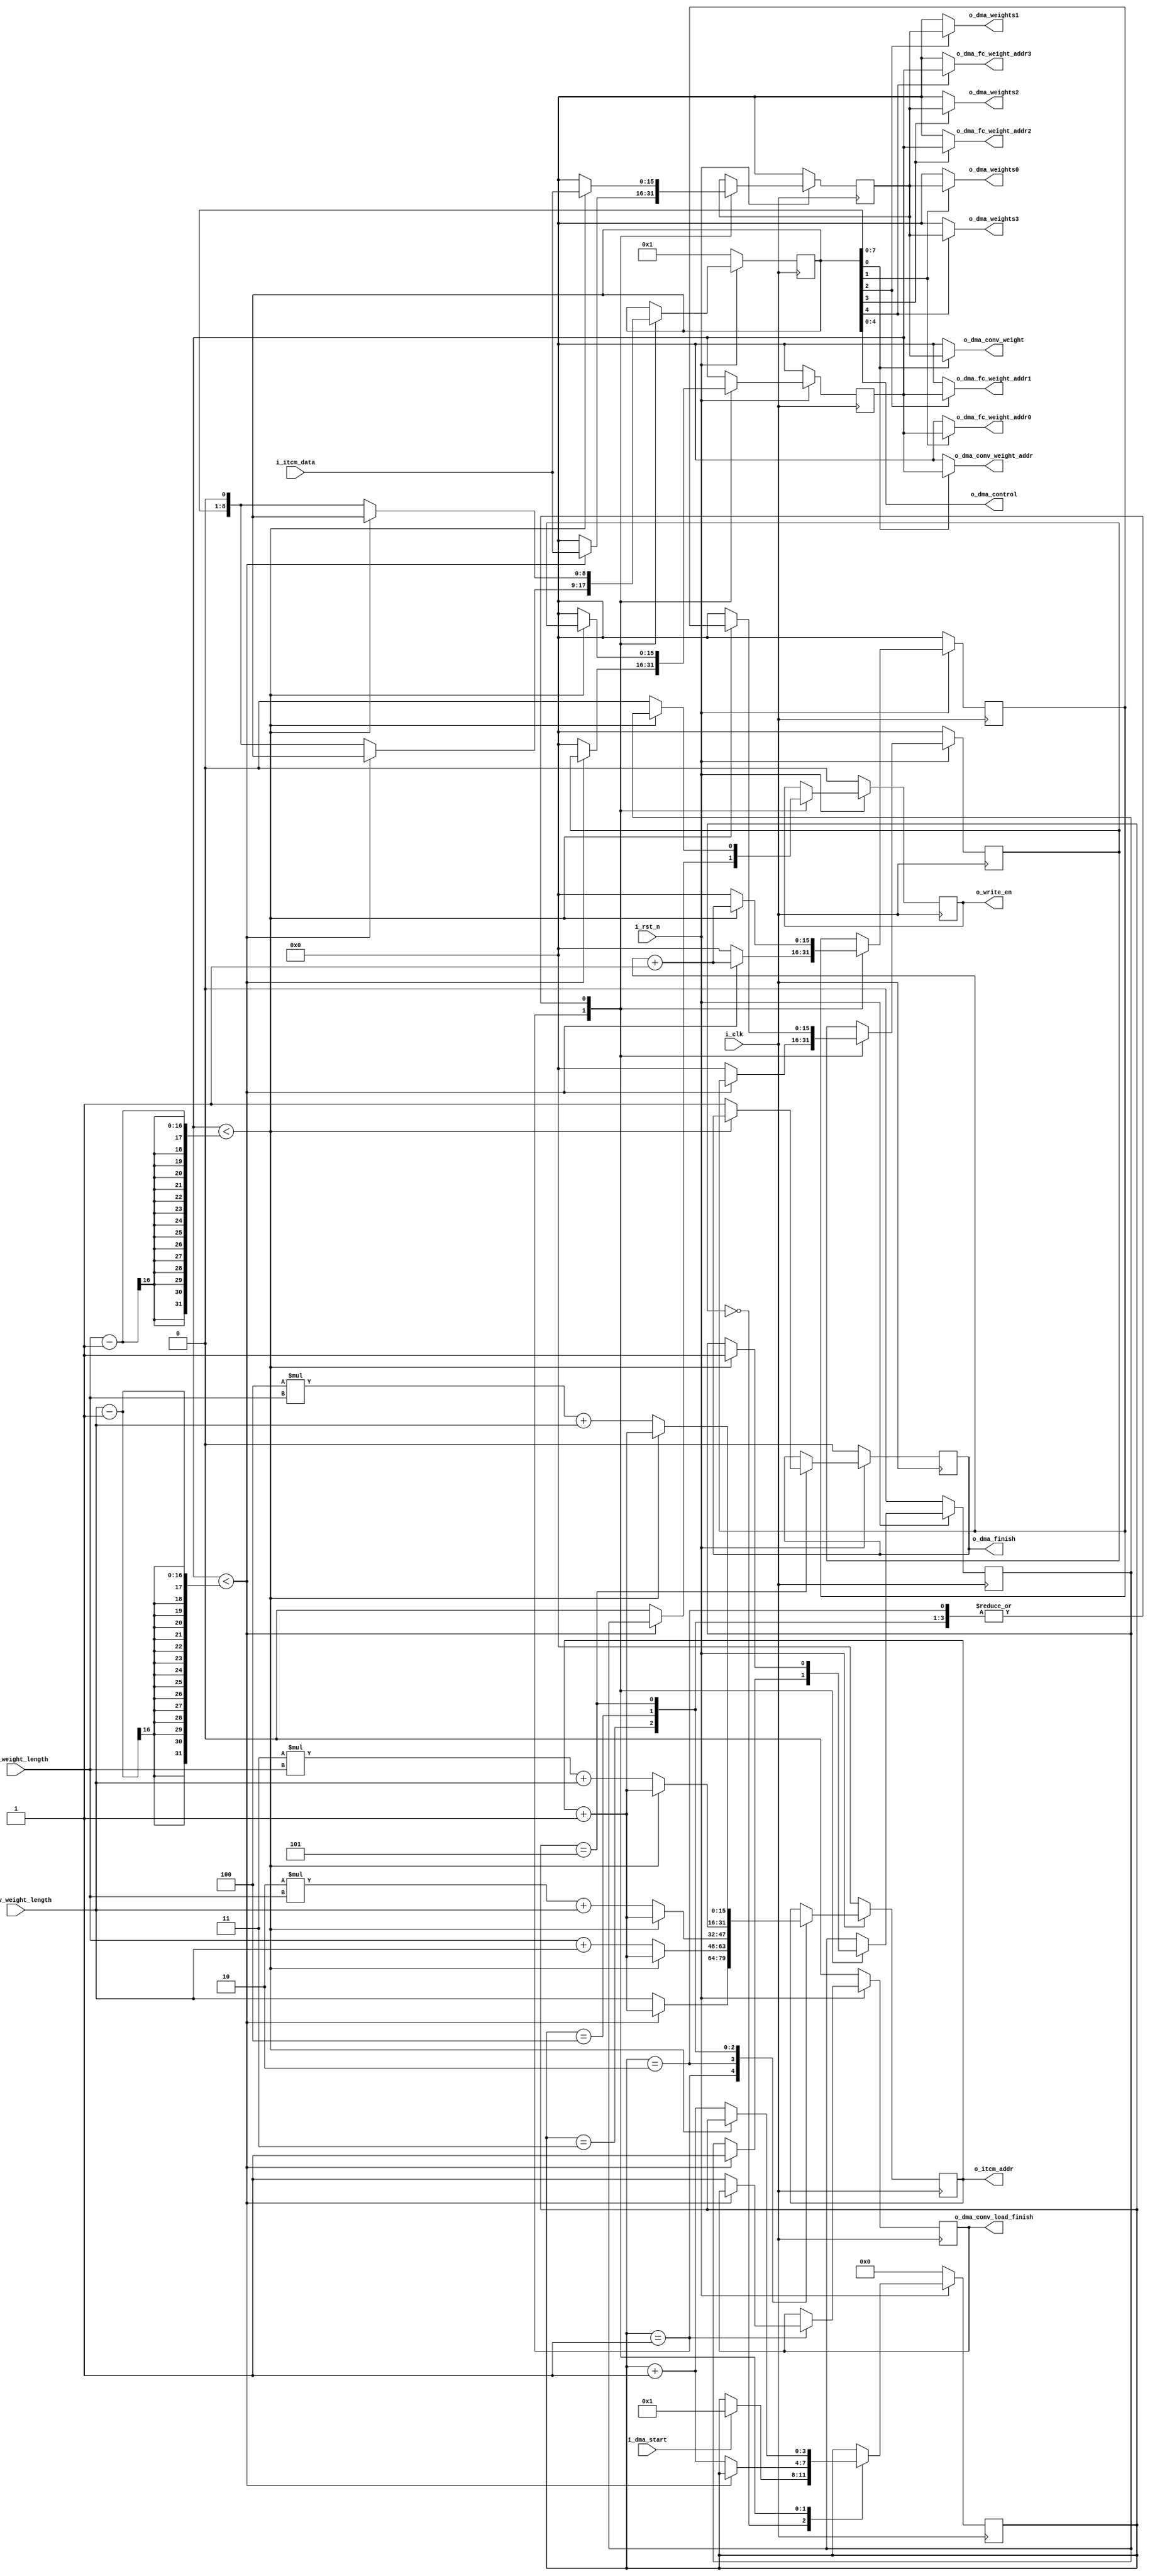
module dma_module#(
    parameter DW = 16,  // Data Width
    parameter AW = 16   // Address Width
)(

// for nice cmd and data
    input i_clk,
    input i_rst_n,
    

//for read ITCM 
    input  [DW-1:0] i_itcm_data,
    output [AW-1:0] o_itcm_addr,


//for mnist controller
    input  i_dma_start,
    output o_dma_finish,
 
    input [AW-1:0] i_fc_weight_length,
    input [AW-1:0] i_conv_weight_length,

    
    output [4:0] o_dma_control,
output reg o_dma_conv_load_finish,
//for acc module
    output o_write_en,
    output [AW-1:0] o_dma_conv_weight_addr,
    output [DW-1:0] o_dma_conv_weight,
    output [AW-1:0] o_dma_fc_weight_addr0,
    output [DW-1:0] o_dma_weights0,
    output [AW-1:0] o_dma_fc_weight_addr1,
    output [DW-1:0] o_dma_weights1,
    output [AW-1:0] o_dma_fc_weight_addr2,
    output [DW-1:0] o_dma_weights2,
    output [AW-1:0] o_dma_fc_weight_addr3,
    output [DW-1:0] o_dma_weights3


);

reg [3:0] dma_state;
reg [8:0] dma_control;
reg dma_finish;
reg write_en;
reg write_en_ff;

reg [AW-1:0] read_in_addr_cnt;
reg [DW-1:0]  read_in_data;


reg [AW-1:0] write_out_addr_cnt;
reg [AW-1:0] write_out_addr_cnt_ff1;
reg [AW-1:0] write_out_addr_cnt_ff2;

reg [DW-1:0]  write_out_data;



assign o_dma_control = dma_control;
assign o_write_en = write_en;
assign o_dma_finish = dma_finish;

//read 8bit fc and conv weights out
assign o_itcm_addr = read_in_addr_cnt;

//write 8bit fc and conv weights out
assign o_dma_conv_weight_addr      = dma_control[0]? write_out_addr_cnt:0;
assign o_dma_conv_weight = dma_control[0]? write_out_data:0;

assign o_dma_fc_weight_addr0 = dma_control[1]? write_out_addr_cnt:0;
assign o_dma_weights0 = dma_control[1]? write_out_data:0;


assign o_dma_fc_weight_addr1 = dma_control[2]? write_out_addr_cnt:0;
assign o_dma_weights1 = dma_control[2]? write_out_data:0;


assign o_dma_fc_weight_addr2 = dma_control[3]? write_out_addr_cnt:0;
assign o_dma_weights2 = dma_control[3]? write_out_data:0;


assign o_dma_fc_weight_addr3 = dma_control[4]? write_out_addr_cnt:0;
assign o_dma_weights3 = dma_control[4]? write_out_data:0;



always @(posedge i_clk ) begin
    if (!i_rst_n) begin
        dma_state <= 0;
        dma_control <=1;
        dma_finish <=0;
        write_en <=0;
        write_en_ff <=0;
        read_in_addr_cnt <= 0;
        read_in_data <= 0;
        write_out_addr_cnt <=0;
        write_out_addr_cnt_ff1 <=0;
        write_out_addr_cnt_ff2 <=0;
        write_out_data <=0;
o_dma_conv_load_finish <=0;
    end else begin
        case (dma_state)
            0: begin
                if (i_dma_start) begin
                    dma_state <= 1;
                end else begin
                    dma_state <= dma_state;
                end
            end

            1: begin
                if (write_out_addr_cnt < i_conv_weight_length-1) begin
                    write_en_ff <=1;
                    write_en <= write_en_ff;
                    read_in_addr_cnt <= read_in_addr_cnt+1; 
                    write_out_addr_cnt_ff1 <= write_out_addr_cnt_ff1+1;
                    write_out_addr_cnt_ff2 <= write_out_addr_cnt_ff1;
                    write_out_addr_cnt <= write_out_addr_cnt_ff2;
                    write_out_data <= i_itcm_data;                                   
                end else begin
                    write_en <=0;
                    read_in_addr_cnt <= i_conv_weight_length;
                    read_in_data <= 0;
                    write_out_addr_cnt <= 0;
                    write_out_addr_cnt_ff1 <=0;
                    write_out_addr_cnt_ff2 <=0;
                    write_out_data <= 0;
                    dma_control <= dma_control<<1;
                    dma_state <= dma_state+1;
                    o_dma_conv_load_finish<=1;
                end
                
            end

            2: begin
                if (write_out_addr_cnt < i_fc_weight_length-1) begin
                    write_en_ff <=1;
                    write_en <= write_en_ff;
                    read_in_addr_cnt <= read_in_addr_cnt+1; 
                    write_out_addr_cnt_ff1 <= write_out_addr_cnt_ff1+1;
                    write_out_addr_cnt_ff2 <= write_out_addr_cnt_ff1;
                    write_out_addr_cnt <= write_out_addr_cnt_ff2;
                    write_out_data <= i_itcm_data;                                   
                end else begin
                    write_en <=0;
                    read_in_addr_cnt <= i_fc_weight_length+i_conv_weight_length;
                    read_in_data <= 0;
                    write_out_addr_cnt <= 0;
                    write_out_addr_cnt_ff1 <=0;
                    write_out_addr_cnt_ff2 <=0;
                    write_out_data <= 0;
                    dma_control <= dma_control<<1;
                    dma_state <= dma_state+1;
                end 
            end

            3: begin
                if (write_out_addr_cnt < i_fc_weight_length-1) begin
                    write_en_ff <=1;
                    write_en <= write_en_ff;
                    read_in_addr_cnt <= read_in_addr_cnt+1; 
                    write_out_addr_cnt_ff1 <= write_out_addr_cnt_ff1+1;
                    write_out_addr_cnt_ff2 <= write_out_addr_cnt_ff1;
                    write_out_addr_cnt <= write_out_addr_cnt_ff2;
                    write_out_data <= i_itcm_data;                                   
                end else begin
                    write_en <=0;
                    read_in_addr_cnt <= 2*i_fc_weight_length+i_conv_weight_length;
                    read_in_data <= 0;
                    write_out_addr_cnt <= 0;
                    write_out_addr_cnt_ff1 <=0;
                    write_out_addr_cnt_ff2 <=0;
                    write_out_data <= 0;
                    dma_control <= dma_control<<1;
                    dma_state <= dma_state+1;
                end  
            end

            4: begin
                if (write_out_addr_cnt < i_fc_weight_length-1) begin
                    write_en_ff <=1;
                    write_en <= write_en_ff;
                    read_in_addr_cnt <= read_in_addr_cnt+1; 
                    read_in_addr_cnt <= read_in_addr_cnt+1; 
                    write_out_addr_cnt_ff1 <= write_out_addr_cnt_ff1+1;
                    write_out_addr_cnt_ff2 <= write_out_addr_cnt_ff1;
                    write_out_addr_cnt <= write_out_addr_cnt_ff2;
                    write_out_data <= i_itcm_data;                                   
                end else begin
                    write_en <=0;
                    read_in_addr_cnt <= 3*i_fc_weight_length+i_conv_weight_length;
                    read_in_data <= 0;
                    write_out_addr_cnt <= 0;
                    write_out_addr_cnt_ff1 <=0;
                    write_out_addr_cnt_ff2 <=0;
                    write_out_data <= 0;
                    dma_control <= dma_control<<1;
                    dma_state <= dma_state+1;
                end               
            end

            5: begin
                if (write_out_addr_cnt < i_fc_weight_length-1) begin
                    write_en_ff <=1;
                    write_en <= write_en_ff;
                    read_in_addr_cnt <= read_in_addr_cnt+1; 
                    write_out_addr_cnt_ff1 <= write_out_addr_cnt_ff1+1;
                    write_out_addr_cnt_ff2 <= write_out_addr_cnt_ff1;
                    write_out_addr_cnt <= write_out_addr_cnt_ff2;
                    write_out_data <= i_itcm_data;                                   
                end else begin
                    write_en <=0;
                    read_in_addr_cnt <= 4*i_fc_weight_length+i_conv_weight_length;
                    read_in_data <= 0;
                    write_out_addr_cnt <= 0;
                    write_out_addr_cnt_ff1 <=0;
                    write_out_addr_cnt_ff2 <=0;
                    write_out_data <= 0;
                    dma_control <= dma_control<<1;
                    dma_state <= dma_state+1;
                    dma_finish<=1;
                end  
            end


           


            default: begin
            end
        endcase


    end

    
end


endmodule